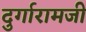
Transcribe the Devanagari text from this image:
दुर्गारामजी